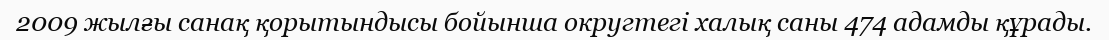
2009 жылғы санақ қорытындысы бойынша округтегі халық саны 474 адамды құрады.